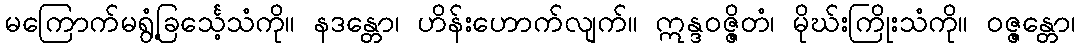
မကြောက်မရွံ့ခြင်္သေ့သံကို။ နဒန္တော၊ ဟိန်းဟောက်လျက်။ ဣန္ဒဝဇ္ဇိတံ၊ မိုဃ်းကြိုးသံကို။ ဝဇ္ဇန္တော၊